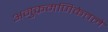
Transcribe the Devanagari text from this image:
अनुक्रमणिकेतले